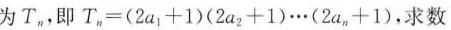
为T_n，即T_n=(2a_1+1)\cdots(2a_2+1)…(2a_n+1)，求数